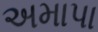
અમાપા